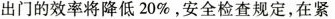
出门的效率将降低20%，安全检查规定，在紧